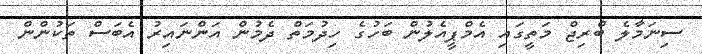
ސިނަމާލެ ބްރިޖް މަތީގައި އެމްޕީއެލުން ބަހުގެ ހިދުމަތް ދެމުން އަންނައިރު އެބަސް ތަކުންން